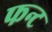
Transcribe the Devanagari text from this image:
फन्ट